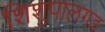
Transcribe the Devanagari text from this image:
शिशुपालगड